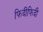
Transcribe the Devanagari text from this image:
फिदीफिदी